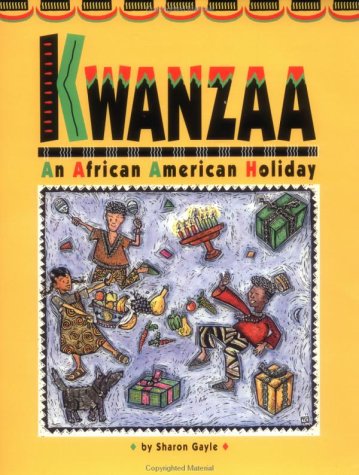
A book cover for Kwanzaa An African American Holiday; Gayle; Children's Books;